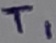
Text: T1